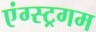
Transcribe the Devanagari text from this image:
एंग्स्ट्रगम